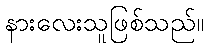
နားလေးသူဖြစ်သည်။